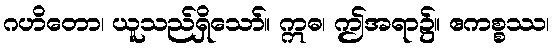
ဂဟိတော၊ ယူသည်ရှိသော်။ ဣဓ၊ ဤအရာ၌။ ဧကစ္စဿ၊